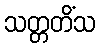
သတ္တတိံသ